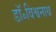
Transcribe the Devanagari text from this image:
डॉ॰विश्वनाथ